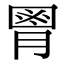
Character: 𦞅